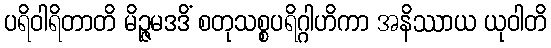
ပရိဝါရိတာတိ မိဉ္ဇမဒဒိံ စတုသစ္စပရိဂ္ဂါဟိကာ အနိဿာယ ယုဝါတိ